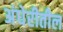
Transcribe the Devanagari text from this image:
अंधेरीतील